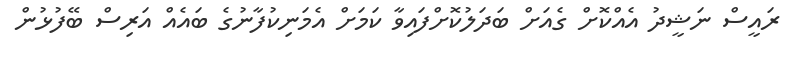
ރައީސް ނަޝީދު އެއްކޮށް ގެއަށް ބަދަލުކޮށްފައިވާ ކަމަށް އެމަނިކުފާނުގެ ބައެއް އަރިސް ބޭފުޅުން